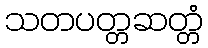
သတပတ္တဆတ္တံ